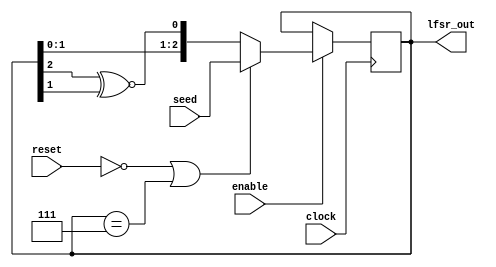
// Adapted from: https://www.nandland.com/vhdl/modules/lfsr-linear-feedback-shift-register.html
module lfsr_3bits(
    input clock, enable, reset, 
    input [2:0] seed, 
    output reg [2:0] lfsr_out
);
    wire xnor_wire = lfsr_out[2] ^~ lfsr_out[1];

    always @(posedge clock)
    begin
        if (enable == 1'b1)
            begin
                if (reset == 0 || lfsr_out == 3'b111)
                    lfsr_out <= seed;
                else
                    lfsr_out <= {lfsr_out[1:0], xnor_wire};
            end
    end
endmodule